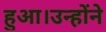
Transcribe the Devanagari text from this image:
हुआ।उन्होंने